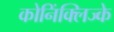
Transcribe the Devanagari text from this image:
कोनिंक्लिज्के